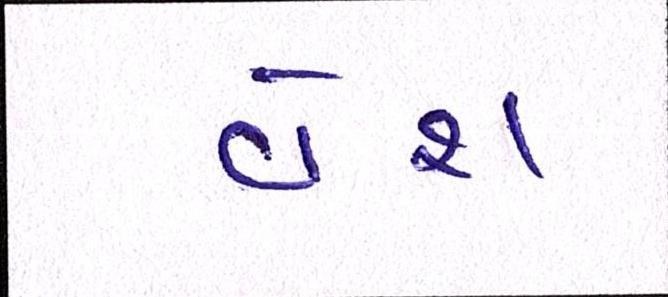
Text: વેશ